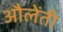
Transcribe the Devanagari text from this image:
औलेंती